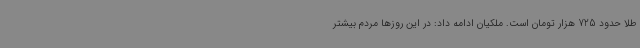
طلا حدود 725 هزار تومان است. ملکیان ادامه داد: در این روزها مردم بیشتر